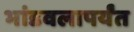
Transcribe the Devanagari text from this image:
भांडवलापर्यंत